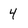
Character: 4